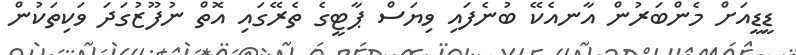
ޑީޑީއަށް މެންބަރުން އާނއެކޭ ބުނެފައި ވިޔަސް ޕާޓީގެ ތެރޭގައި އޮތް ނުފޫޒުގަދަ ވަކިތަކުން